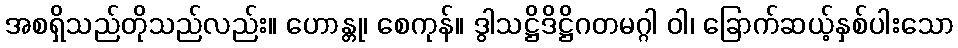
အစရှိသည်တိုသည်လည်း။ ဟောန္တု၊ စေကုန်။ ဒွါသဋ္ဌိဒိဋ္ဌိဂတမဂ္ဂါ ဝါ၊ ခြောက်ဆယ့်နှစ်ပါးသော